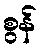
စွန်